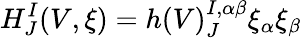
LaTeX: H_{J}^{I}(V,\xi)=h(V)_{J}^{I,\alpha\beta}\xi_{\alpha}\xi_{\beta}